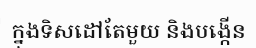
ក្នុងទិសដៅតែមួយ និងបង្កើន